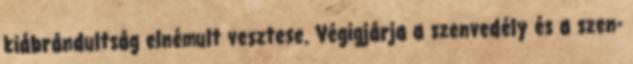
kiábrándultság elnémult vesztese. Végigjárja a szenvedély és a szen-